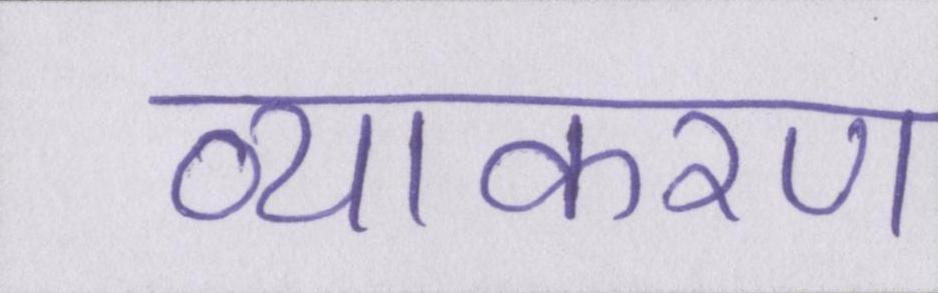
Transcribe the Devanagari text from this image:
व्याकरण